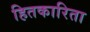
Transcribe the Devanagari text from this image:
हितकारिता